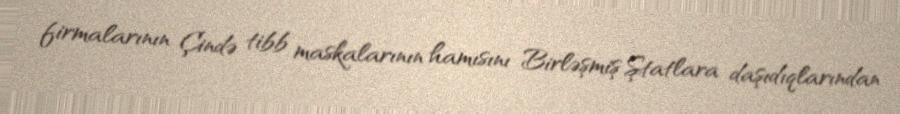
firmalarının Çində tibb maskalarının hamısını Birləşmiş Ştatlara daşıdıqlarından